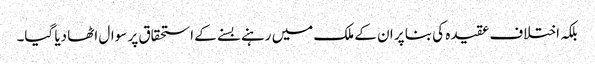
بلکہ اختلاف عقیدہ کی بنا پر ان کے ملک میں رہنے بسنے کے استحقاق پر سوال اٹھا دیا گیا۔